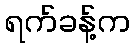
ရက်ခန့်က